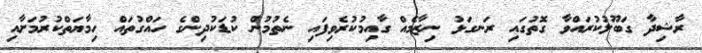
ރާޝިދާ ގަބޫލުކުރައްވާ ގޮތުގައި ރަނގަޅު ނިޒާމެއް ގާއިމުކުރެވިފައި ނެތުމުން ކުޑަކުދިންގެ ހައްގުތައް ހިމާޔަތްކުރުމަށާއި